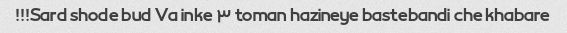
Sard shode bud Va inke ۳ toman hazineye bastebandi che khabare!!!